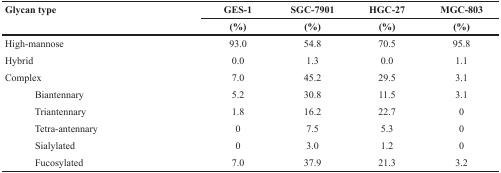
<table><thead><tr><td rowspan="2"><b>Glycan type</b></td><td><b>GES-1</b></td><td><b>SGC-7901</b></td><td><b>HGC-27</b></td><td><b>MGC-803</b></td></tr><tr><td><b>(%)</b></td><td><b>(%)</b></td><td><b>(%)</b></td><td><b>(%)</b></td></tr></thead><tbody><tr><td>High-mannose</td><td>93.0</td><td>54.8</td><td>70.5</td><td>95.8</td></tr><tr><td>Hybrid</td><td>0.0</td><td>1.3</td><td>0.0</td><td>1.1</td></tr><tr><td>Complex</td><td>7.0</td><td>45.2</td><td>29.5</td><td>3.1</td></tr><tr><td>Biantennary</td><td>5.2</td><td>30.8</td><td>11.5</td><td>3.1</td></tr><tr><td>Triantennary</td><td>1.8</td><td>16.2</td><td>22.7</td><td>0</td></tr><tr><td>Tetra-antennary</td><td>0</td><td>7.5</td><td>5.3</td><td>0</td></tr><tr><td>Sialylated</td><td>0</td><td>3.0</td><td>1.2</td><td>0</td></tr><tr><td>Fucosylated</td><td>7.0</td><td>37.9</td><td>21.3</td><td>3.2</td></tr></tbody></table>